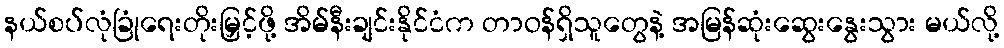
နယ်စပ်လုံခြုံရေးတိုးမြှင့်ဖို့ အိမ်နီးချင်းနိုင်ငံက တာဝန်ရှိသူတွေနဲ့ အမြန်ဆုံးဆွေးနွေးသွား မယ်လို့